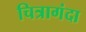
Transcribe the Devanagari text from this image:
चित्रागंदा